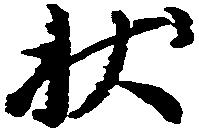
状